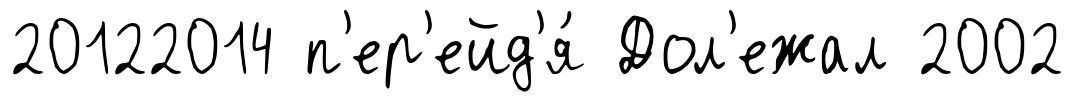
20122014 п'ер'ейд'я́ Дол'ежал 2002